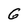
Character: G